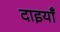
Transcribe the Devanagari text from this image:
दाइयाँ